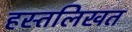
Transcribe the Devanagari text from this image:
हस्तलिखत